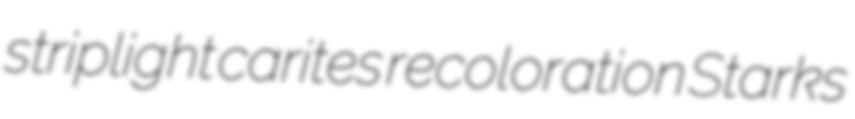
striplight carites recoloration Starks